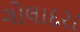
ગોલાદરા